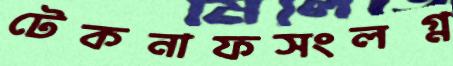
টেকনাফসংলগ্ন